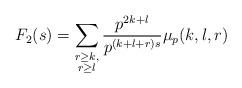
LaTeX: \begin{align*}F_2(s) = \sum_{\substack{ r \geq k, \\ r \geq l}} \frac{p^{2k+l}}{p^{(k+l+r)s}} \mu_p(k,l,r)\end{align*}